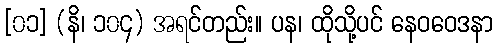
[၀၁] (နိ၊ ၁၀၄) အရင်တည်း။ ပန၊ ထိုသို့ပင် နေဝဝေဒနာ